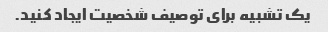
یک تشبیه برای توصیف شخصیت ایجاد کنید.